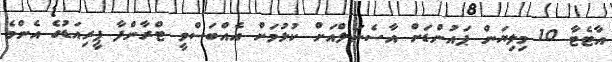
އާޓެޓާ 10 މިލިޔަން ޕައުންޑަށް އާސެނަލްއަށް ކުޅުމަށް އެއްބަސްވީ ޓްރާންފާ ޕީރިއަޑުގެ އެންމެ